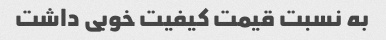
به نسبت قیمت کیفیت خوبی داشت